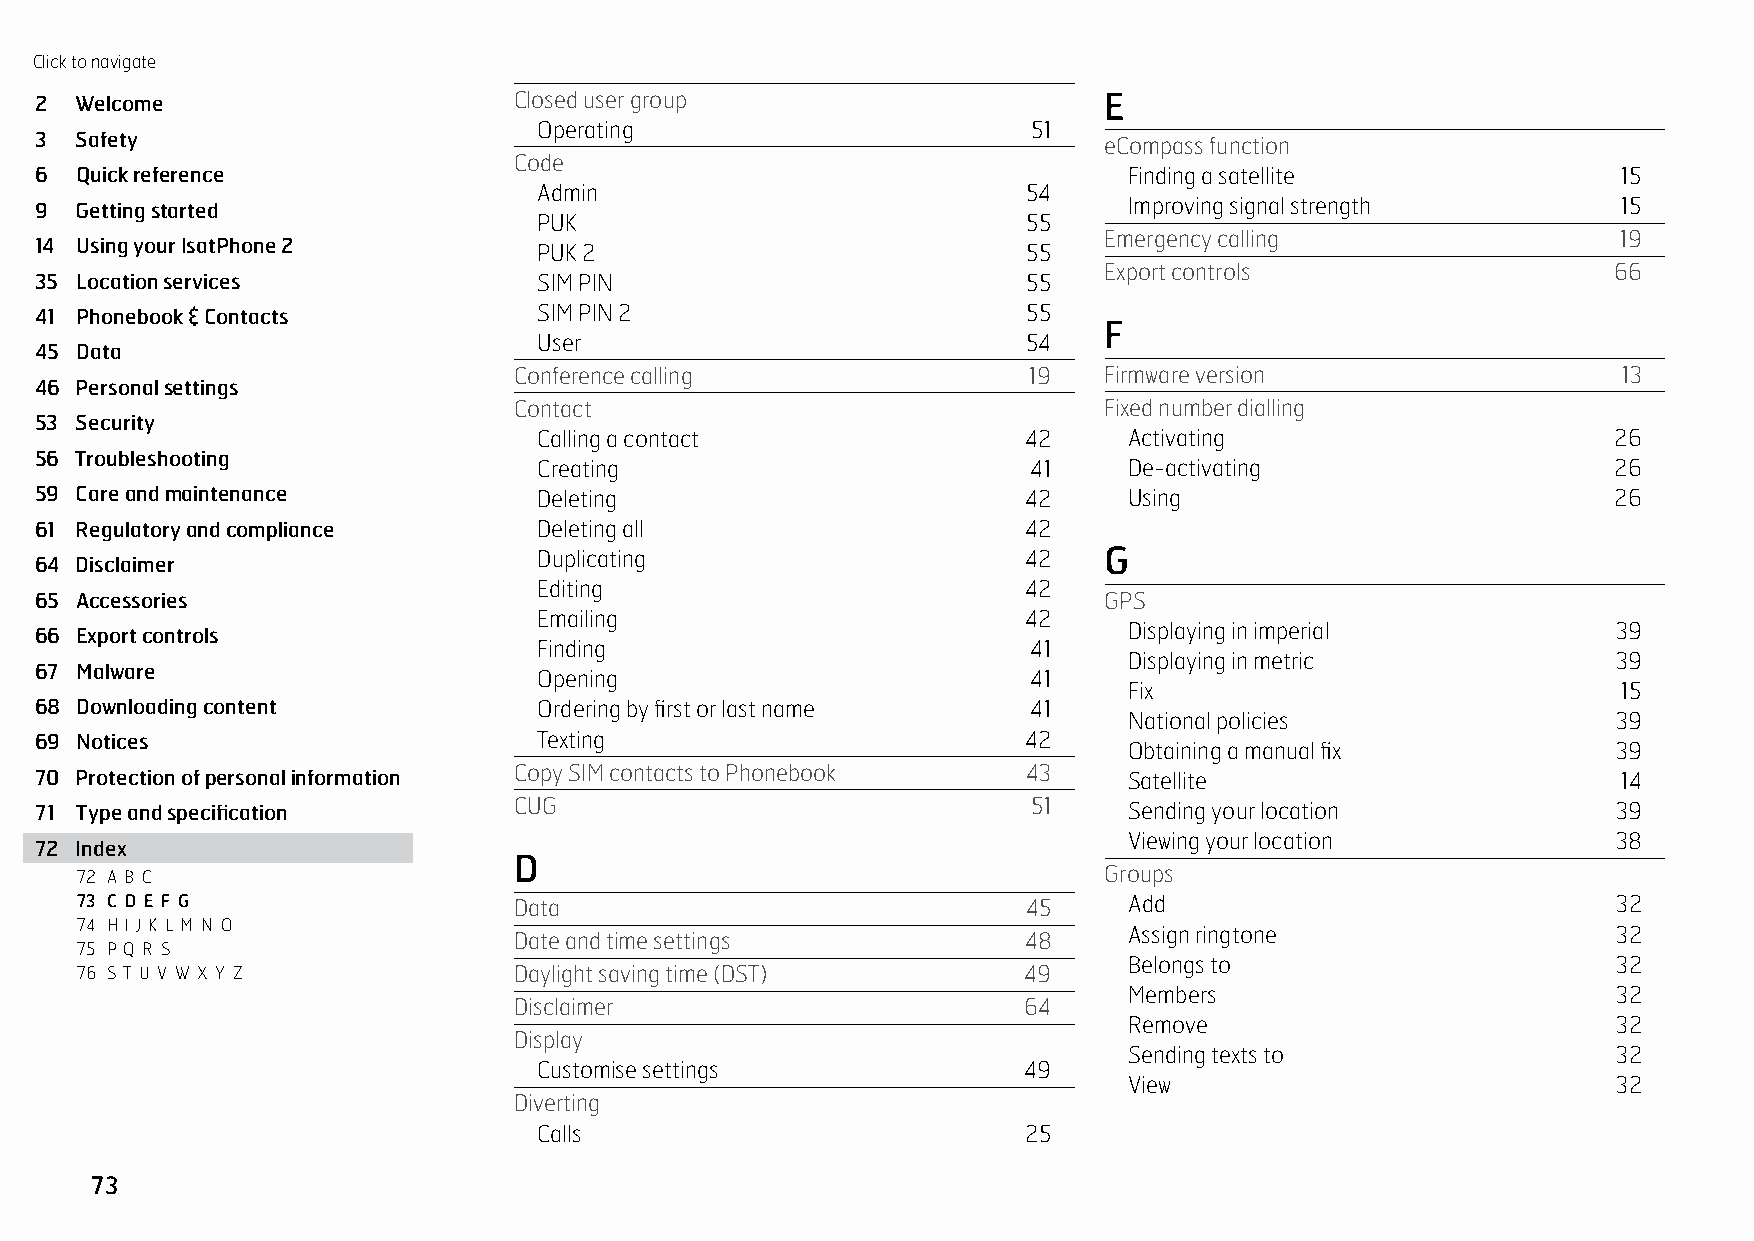
Click to navigate
 2  Welcome                      Closed user group                      E
 Operating                       51
 3  Safety                                                              eCompass function
 Code
 6  Quick reference                                                       Finding a satellite             15
 Admin                           54
 9  Getting started                                                       Improving signal strength       15
 PUK                             55
 Emergency calling                 19
 14 Using your IsatPhone 2         PUK 2                           55
 Export controls                   66
 35 Location services              SIM PIN                         55
 41 Phonebook & Contacts           SIM PIN 2                       55
 F
 User                            54
 45 Data
 Conference calling                19   Firmware version                  13
 46 Personal settings
 Contact                                Fixed number dialling
 53 Security
 Calling a contact               42     Activating                      26
 56 Troubleshooting
 Creating                        41     De-activating                   26
 59 Care and maintenance           Deleting                        42     Using                           26
 61 Regulatory and compliance      Deleting all                    42
 Duplicating                     42   G
 64 Disclaimer
 Editing                         42
 65 Accessories                                                         GPS
 Emailing          C D  E  F G   42
 66 Export controls                                                       Displaying in imperial          39
 Finding                         41
 Displaying in metric            39
 67 Malware
 Opening                         41
 Fix                             15
 68 Downloading content            Ordering by first or last name  41
 National policies               39
 69 Notices                        Texting                         42
 Obtaining a manual fix          39
 70 Protection of personal information Copy SIM contacts to Phonebook 43  Satellite                       14
 71 Type and specification       CUG                               51     Sending your location           39
 Viewing your location           38
 72 Index
 D
 72 A B C                                                            Groups
 73 C D E F G                 Data                              45     Add                             32
 74 H I J K L M N O
 Assign ringtone                 32
 Date and time settings            48
 75 P Q R S
 Belongs to                      32
 76 S T U V W X Y Z           Daylight saving time (DST)        49
 Members                         32
 Disclaimer                        64
 Remove                          32
 Display
 Sending texts to                32
 Customise settings              49
 View                            32
 Diverting
 Calls                           25
 73